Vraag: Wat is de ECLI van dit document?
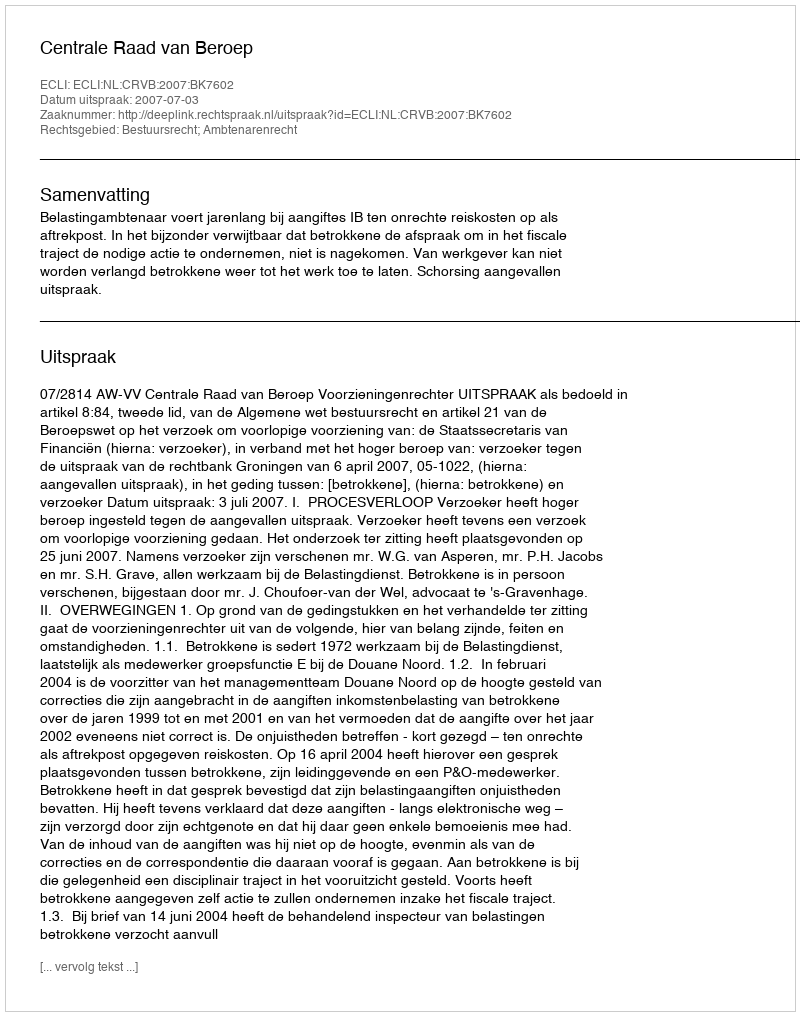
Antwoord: ECLI:NL:CRVB:2007:BK7602